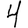
Digit: 4